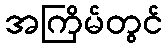
အကြိမ်တွင်